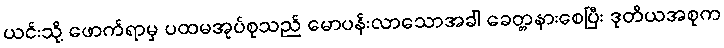
ယင်းသို့ ဖောက်ရာမှ ပထမအုပ်စုသည် မောပန်းလာသောအခါ ခေတ္တနားစေပြီး ဒုတိယအစုက